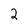
Character: 2